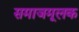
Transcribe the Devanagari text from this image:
समाजमूलक